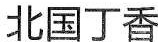
北国丁香